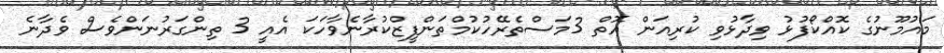
މައުމޫނުގެ ކޮއްކޯފުޅު ވިދާޅުވި ކުރިއަން އޮތް 3މަސްތެރޭހުކުމްތަންފީޒްކުރާނެވާހަކަ އެއީ 3 ތިންގަރުނަންވެސް ވެދާނެ